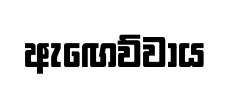
ඇඟෙව්වාය